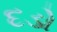
દડો